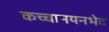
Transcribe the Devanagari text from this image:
कच्चानयनभेद